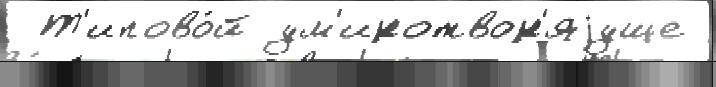
 Т'ипово́й ум'иротвор'яjуще